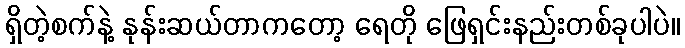
ရှိတဲ့စက်နဲ့ နုန်းဆယ်တာကတော့ ရေတို ဖြေရှင်းနည်းတစ်ခုပါပဲ။